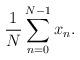
LaTeX: \begin{align*}\frac{1}{N}\sum_{n=0}^{N-1}x_n.\end{align*}